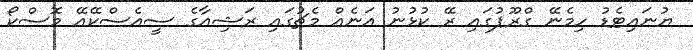
ޔުނައިޓެޑު ހިމެނޭ ގްރޫޕުގައި ރޭ ކުޅުނު އަނެއް މެޗުގައި ރަޝިއާގެ ސީއެސްކޭއޭ މޮސްކޯ